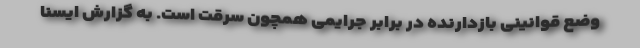
وضع قوانینی بازدارنده در برابر جرایمی همچون سرقت است. به گزارش ایسنا